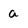
Character: a